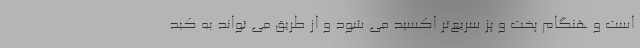
است و هنگام پخت و پز سریع‌تر اکسید می شود و از طریق می تواند به کبد